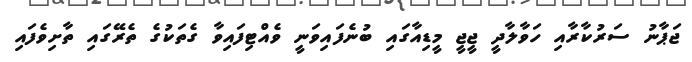
ޖަޕާނު ސަރުކާރާއި ހަވާލާދީ ޖީޖީ މީޑިއާގައި ބުނެފައިވަނީ ވެއްޓިފައިވާ ގެތަކުގެ ތެރޭގައި ތާށިވެފައި